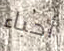
أحباء